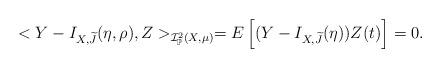
LaTeX: \begin{align*} <Y-I_{X, \widetilde{J}}(\eta, \rho),Z>_{\mathcal{I}^2_{\mathbb{P}}(X,\mu)} =E\left[(Y-I_{X,\widetilde{J}}(\eta))Z(t) \right] = 0.\end{align*}